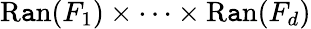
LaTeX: \operatorname{R\mathtt{a}n}(F_{1})\times\cdots\times\operatorname{R\mathtt{a}n}(F_{d})